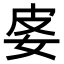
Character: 𡛬